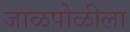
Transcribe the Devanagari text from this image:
जाळपोळीला